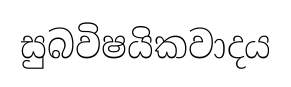
සුබවිෂයිකවාදය